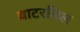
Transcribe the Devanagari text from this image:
वाटरमिल